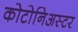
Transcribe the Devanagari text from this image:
कोटोनिअस्टर